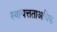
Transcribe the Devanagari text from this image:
स्वायत्तताअधिक